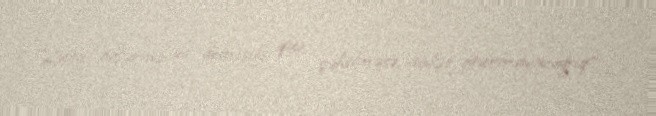
Hətta özlərinə də demişik, qaz çəkilməsə, sakit oturmayacağıq”.